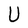
Character: U